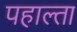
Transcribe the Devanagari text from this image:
पहाल्ता